Document type: Grant of rights
Year: 1326
Scribe: Bernat de Vilarúbia
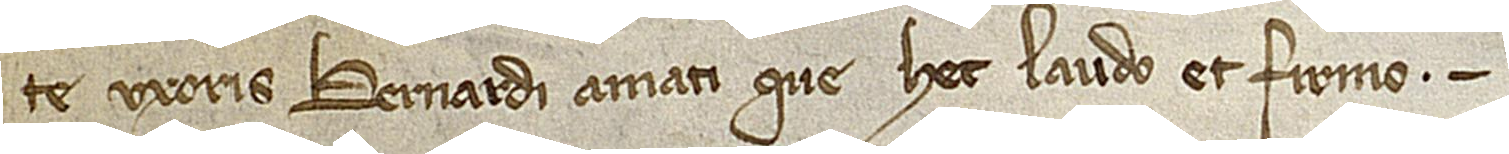
te, uxoris Bernardi Amati, que hec laudo et firmo.